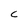
Character: c